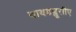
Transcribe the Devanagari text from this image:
वायडब्लूसीए